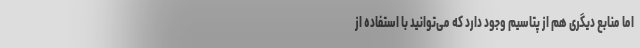
اما منابع دیگری هم از پتاسیم وجود دارد که می‌توانید با استفاده از